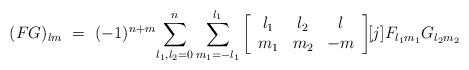
LaTeX: \begin{align*}(FG)_{lm}\ =\ (-1)^{n+m}\displaystyle{\sum_{l_{1},l_{2}=0}^{n}\sum_{m_{1}=-l_{1}}^{l_{1}}}\left[\begin{array}[c]{ccc}l_{1} & l_{2} & l_{{}}\\m_{1} & m_{2} & -m_{{}}\end{array}\right] \!\!{[j]}F_{l_{1}m_{1}}G_{l_{2}m_{2}}\end{align*}